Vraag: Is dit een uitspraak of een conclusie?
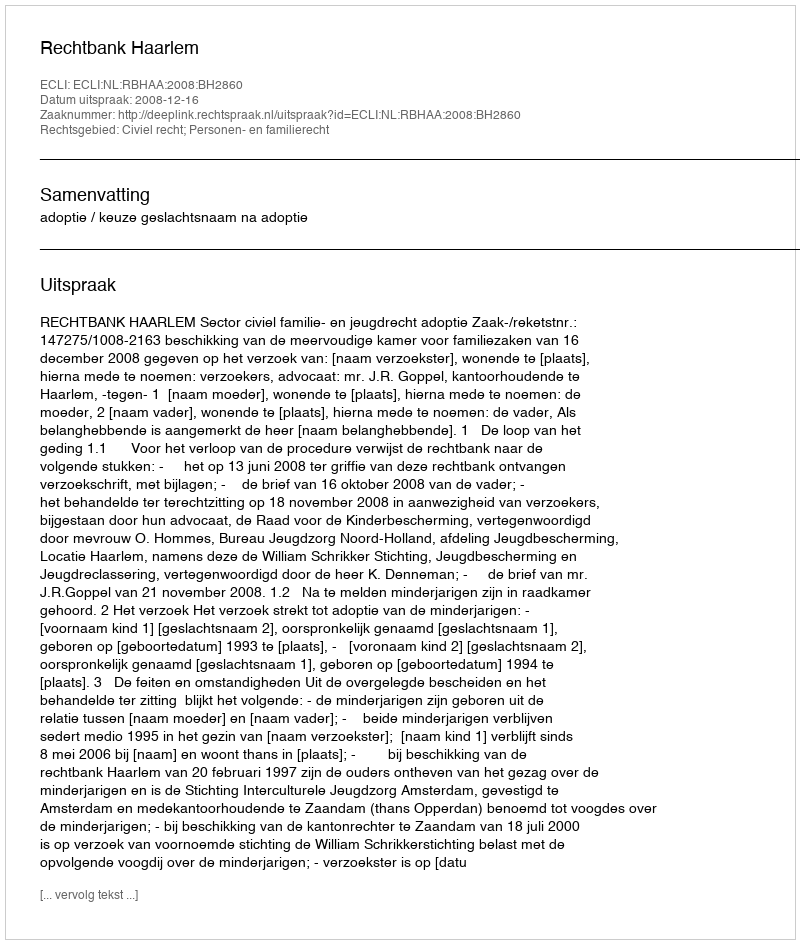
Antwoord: Uitspraak